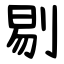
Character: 剔